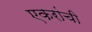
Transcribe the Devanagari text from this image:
एकरांची